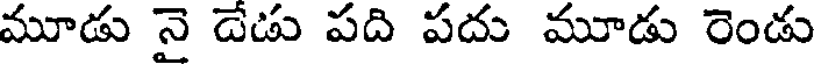
మూడు నై డేడు పది పదు మూడు రెండు